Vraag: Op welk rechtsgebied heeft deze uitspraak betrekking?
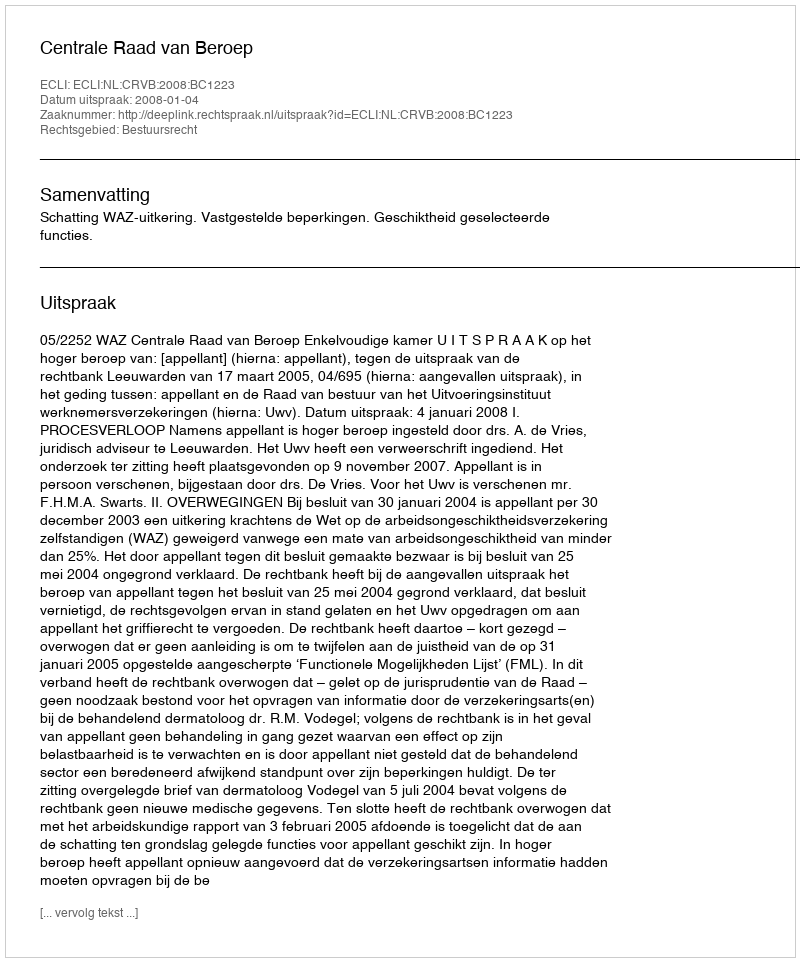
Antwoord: Bestuursrecht